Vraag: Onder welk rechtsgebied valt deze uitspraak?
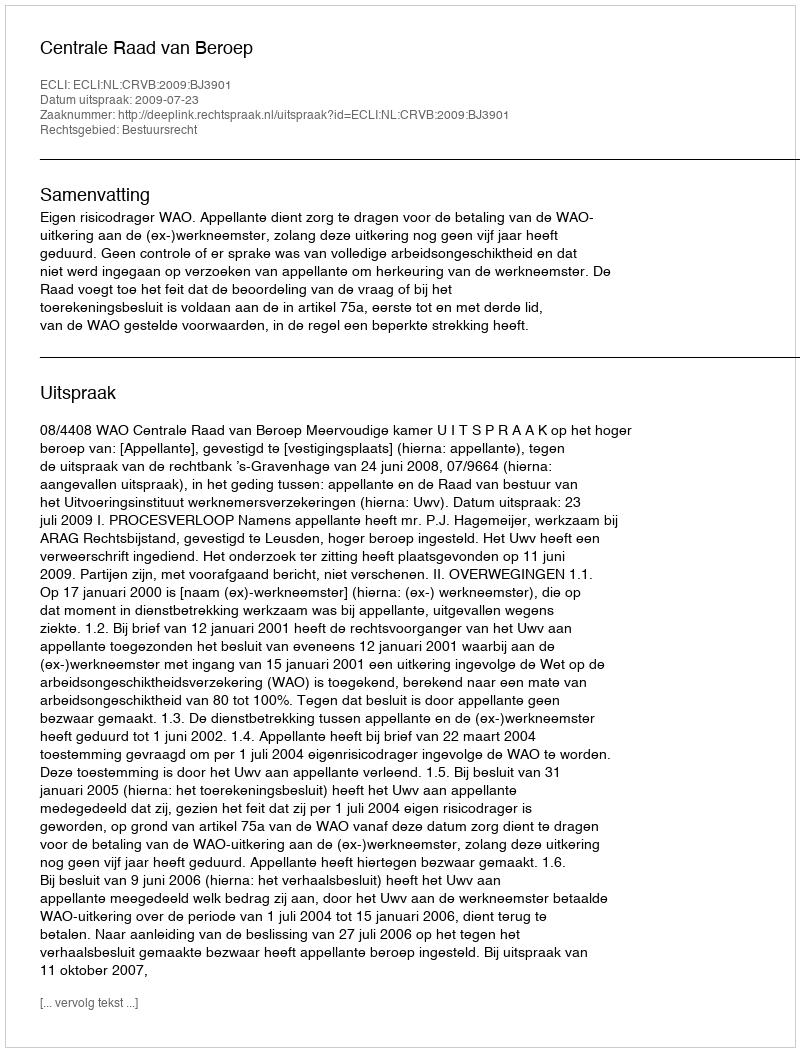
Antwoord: Bestuursrecht